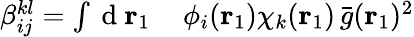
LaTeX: \begin{array}{rl}{\beta_{ij}^{kl}=\int\mathrm{~d~}{\mathbf{r}_{1}}}&{{}\, \phi_{i}({\mathbf{r}_{1}})\chi_{k}({\mathbf{r}_{1}})\, \bar{g}({\mathbf{r}_{1}})^{2}}\end{array}